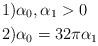
LaTeX: \begin{align*}& 1) \alpha_{0},\alpha_{1}>0\\& 2) \alpha_{0}=32\pi\alpha_{1}\end{align*}